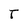
Character: T